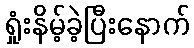
ရှုံးနိမ့်ခဲ့ပြီးနောက်